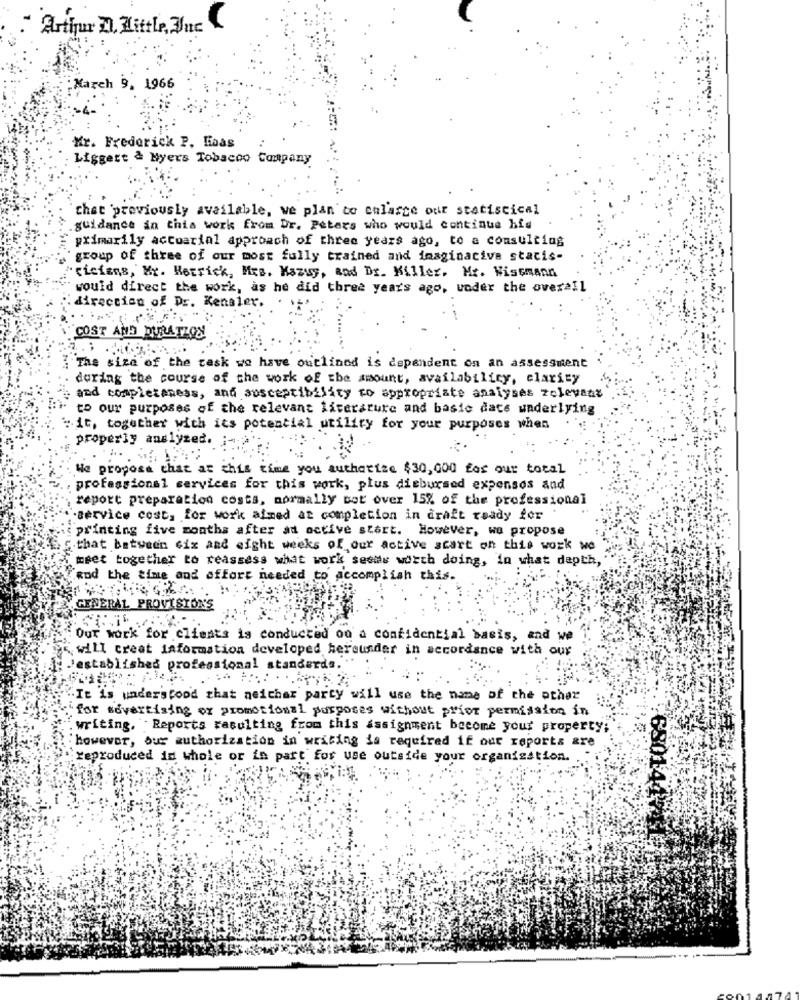
Arthur D. Little, Juc
March 9, 1966
Mr. Frederick P. Minas
Liggert & Myers Tobacoo Company
that 'previously available, we plan to enlarge our statistical
guidance in this work from Dr. Peters who would continue hid
primarily actuarial approach of three years ago, to a consulting
group of three of our most fully trained and imaginacive stacis-
"cicians, Mr. Merrick, Mrs. Mazzy, and Dr. Killer, Mr. Wissmann
would direct the work, as he did three years ago, under the overall
direction of Dr. Kensler.
"COST AND DURATION
The size of the task we have outlined is dependent on an assessment
during the course of the work of the amount, availability, clarity
and completaness, and susceptibility to appropriate analyses zelevant
to our purposes of the relevant literature and basic dace waderlying
" it, together with its potential utility for your purposes when
properly analyzed. ;-
We propose that at this time you authorize $30,000 for our total
professional services for this work, plus disbursed expenses and
report preparation costs, normally bot over 15% of the professional
Service cost, for work aimed at completion in draft ready for
printing five months after ad active start. However, we propose
that between cix and eight weeks of our active scart on this work we
Eset together to reassess what work seems worth doing, in what depth,
and the time and effort needed to accomplish this.
GENERAL PROVISIONS
: Our work for clients is conducted oo a confidential basis, and we
will creat information developed hereunder in accordance with our
'established professional standards.
It is understood that neither party will use the name of the other
for advertising or promotional purposes without prior permission in
writing. Reports resulting from this assignment become your property;
however, our authorization in writing is required if our reports are
:Yeproduced in whole or in part for use outside your organisation.
680144